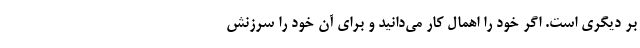
بر دیگری است. اگر خود را اهمال کار می‌دانید و برای آن خود را سرزنش